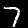
Label: 7